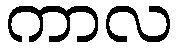
ကာလ